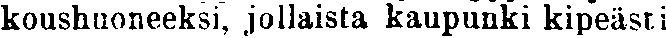
koushuoneeksi, jollaista kaupunki kipeästi